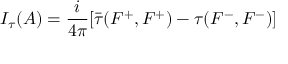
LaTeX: I _ { \tau } ( A ) = \frac { i } { 4 \pi } [ \bar { \tau } ( F ^ { + } , F ^ { + } ) - \tau { } ( F ^ { - } , F ^ { - } ) ]